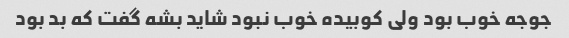
جوجه خوب بود ولی کوبیده خوب نبود شاید بشه گفت که بد بود